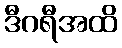
ဒီဂရီအထိ